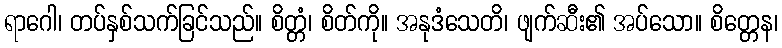
ရာဂေါ၊ တပ်နှစ်သက်ခြင်သည်။ စိတ္တံ၊ စိတ်ကို။ အနုဒံသေတိ၊ ဖျက်ဆီး၏ အပ်သော။ စိတ္တေန၊